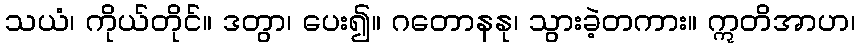
သယံ၊ ကိုယ်တိုင်။ ဒတွာ၊ ပေး၍။ ဂတောနနု၊ သွားခဲ့တကား။ ဣတိအာဟ၊